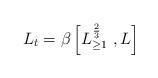
LaTeX: \begin{align*}L_t = \beta \left[ L^{\frac{2}{3}}_{\geq 1} \; , L \right] \end{align*}